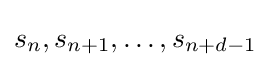
s_{n},s_{n+1},\ldots ,s_{n+d-1}